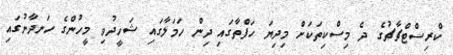
ކްރިސްޓްޗާޗުގެ ދެ މިސްކިތަކަށް މިދިޔަ ހަފްތާގައި ދިން ހަމަލާގައި ޝަހީދުވި މީހުންގެ ހަނދާނުގައި